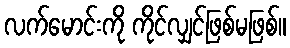
လက်မောင်းကို ကိုင်လျှင်ဖြစ်မဖြစ်။